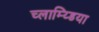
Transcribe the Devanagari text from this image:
च्लाम्य्डिया